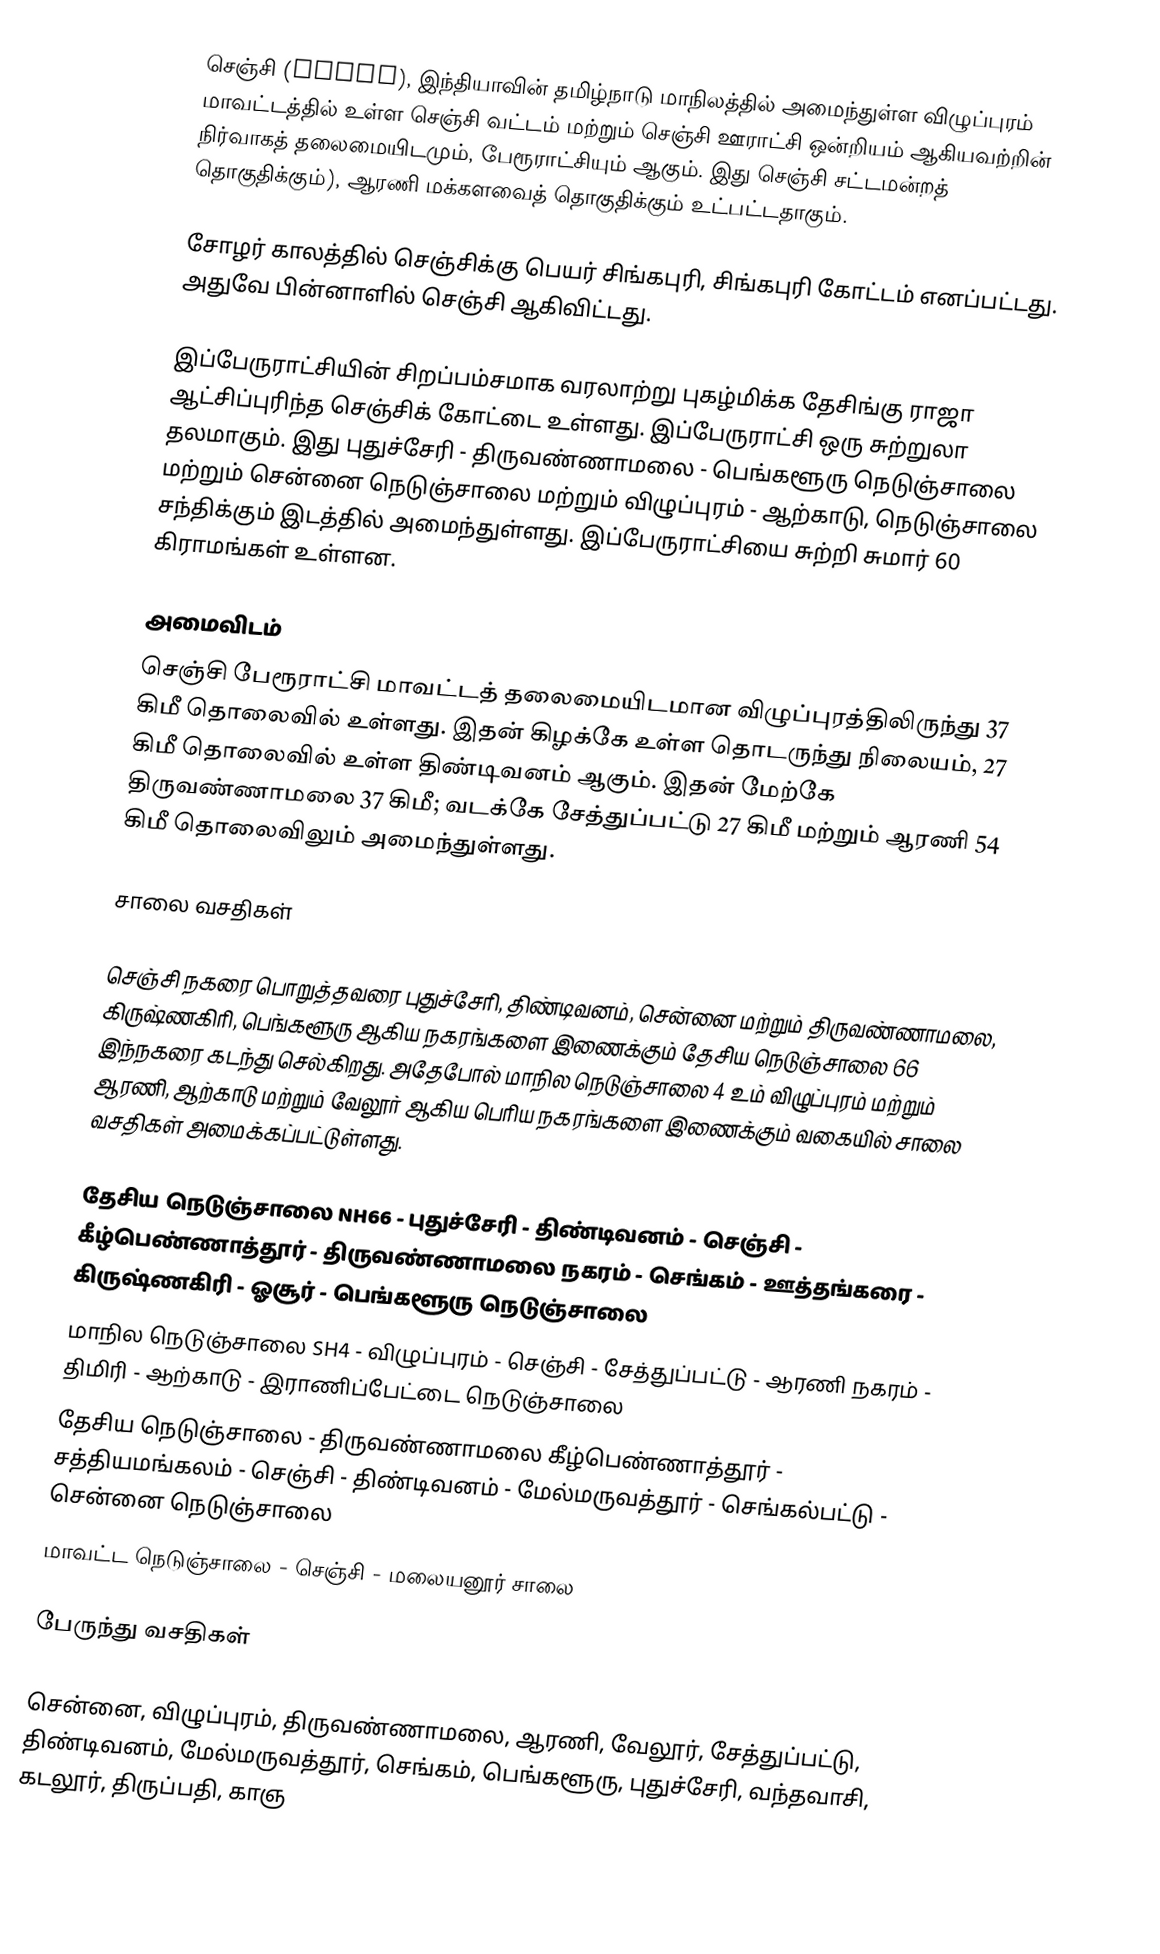
செஞ்சி (Senji), இந்தியாவின் தமிழ்நாடு மாநிலத்தில் அமைந்துள்ள விழுப்புரம் மாவட்டத்தில் உள்ள செஞ்சி வட்டம் மற்றும் செஞ்சி ஊராட்சி ஒன்றியம் ஆகியவற்றின் நிர்வாகத் தலைமையிடமும், பேரூராட்சியும் ஆகும்.  இது செஞ்சி சட்டமன்றத் தொகுதிக்கும்), ஆரணி மக்களவைத் தொகுதிக்கும் உட்பட்டதாகும்.

சோழர் காலத்தில் செஞ்சிக்கு பெயர் சிங்கபுரி, சிங்கபுரி கோட்டம் எனப்பட்டது. அதுவே பின்னாளில் செஞ்சி ஆகிவிட்டது.

இப்பேருராட்சியின் சிறப்பம்சமாக வரலாற்று புகழ்மிக்க தேசிங்கு ராஜா ஆட்சிப்புரிந்த செஞ்சிக் கோட்டை உள்ளது. இப்பேருராட்சி ஒரு சுற்றுலா தலமாகும். இது புதுச்சேரி - திருவண்ணாமலை - பெங்களூரு நெடுஞ்சாலை மற்றும் சென்னை நெடுஞ்சாலை மற்றும் விழுப்புரம் - ஆற்காடு, நெடுஞ்சாலை சந்திக்கும் இடத்தில் அமைந்துள்ளது. இப்பேருராட்சியை சுற்றி சுமார் 60 கிராமங்கள் உள்ளன.

அமைவிடம்
செஞ்சி பேரூராட்சி மாவட்டத் தலைமையிடமான விழுப்புரத்திலிருந்து 37 கிமீ தொலைவில் உள்ளது. இதன் கிழக்கே உள்ள தொடருந்து நிலையம், 27 கிமீ தொலைவில் உள்ள திண்டிவனம் ஆகும். இதன் மேற்கே திருவண்ணாமலை 37 கிமீ; வடக்கே சேத்துப்பட்டு 27 கிமீ மற்றும் ஆரணி 54 கிமீ தொலைவிலும் அமைந்துள்ளது.

சாலை வசதிகள்

செஞ்சி நகரை பொறுத்தவரை புதுச்சேரி, திண்டிவனம், சென்னை மற்றும் திருவண்ணாமலை, கிருஷ்ணகிரி, பெங்களூரு ஆகிய நகரங்களை இணைக்கும் தேசிய நெடுஞ்சாலை 66 இந்நகரை கடந்து செல்கிறது. அதேபோல் மாநில நெடுஞ்சாலை 4 உம் விழுப்புரம் மற்றும் ஆரணி, ஆற்காடு மற்றும் வேலூர் ஆகிய பெரிய நகரங்களை இணைக்கும் வகையில் சாலை வசதிகள் அமைக்கப்பட்டுள்ளது.

 தேசிய  நெடுஞ்சாலை NH66 - புதுச்சேரி - திண்டிவனம் - செஞ்சி - கீழ்பெண்ணாத்தூர்  - திருவண்ணாமலை நகரம் - செங்கம் - ஊத்தங்கரை - கிருஷ்ணகிரி - ஓசூர் - பெங்களூரு நெடுஞ்சாலை
 மாநில நெடுஞ்சாலை SH4 - விழுப்புரம் - செஞ்சி - சேத்துப்பட்டு - ஆரணி நகரம் - திமிரி - ஆற்காடு - இராணிப்பேட்டை நெடுஞ்சாலை
 தேசிய நெடுஞ்சாலை - திருவண்ணாமலை கீழ்பெண்ணாத்தூர் - சத்தியமங்கலம் - செஞ்சி - திண்டிவனம் - மேல்மருவத்தூர் - செங்கல்பட்டு - சென்னை நெடுஞ்சாலை
 மாவட்ட நெடுஞ்சாலை - செஞ்சி - மலையனூர் சாலை

பேருந்து வசதிகள்

சென்னை, விழுப்புரம், திருவண்ணாமலை, ஆரணி, வேலூர், சேத்துப்பட்டு, திண்டிவனம், மேல்மருவத்தூர், செங்கம், பெங்களூரு, புதுச்சேரி, வந்தவாசி, கடலூர், திருப்பதி, காஞ